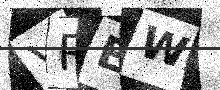
Text: VREW